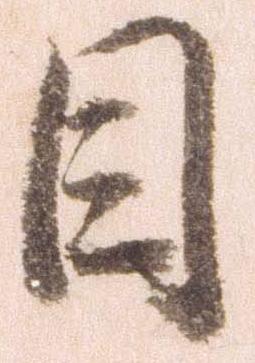
目